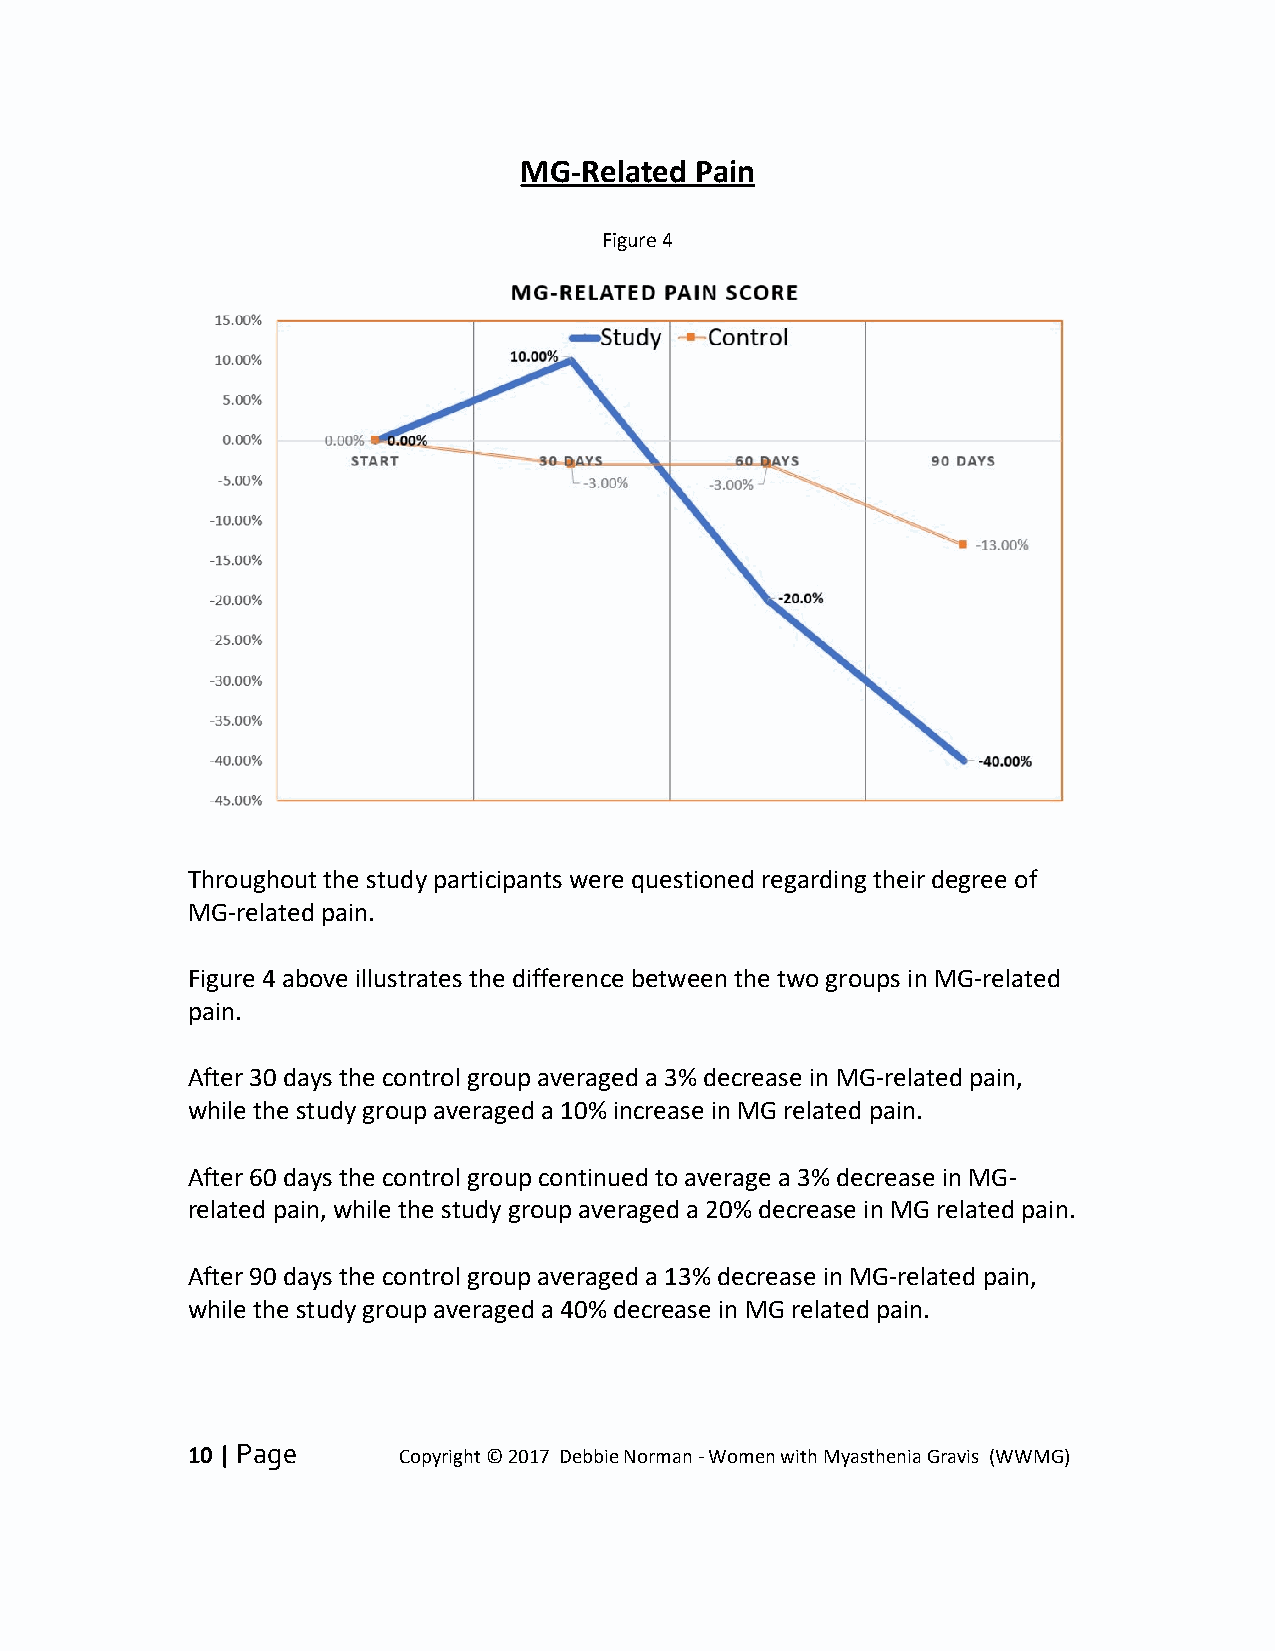
MG-Related  Pain
 Figure 4
 Throughout the study participants were questioned regarding their degree of
 MG-related pain.
 Figure 4 above illustrates the difference between the two groups in MG-related
 pain.
 After 30 days the control group averaged a 3% decrease in MG-related pain,
 while the study group averaged a 10% increase in MG related pain.
 After 60 days the control group continued to average a 3% decrease in MG-
 related pain, while the study group averaged a 20% decrease in MG related pain.
 After 90 days the control group averaged a 13% decrease in MG-related pain,
 while the study group averaged a 40% decrease in MG related pain.
 10 | Page     Copyright © 2017 Debbie Norman - Women with Myasthenia Gravis (WWMG)